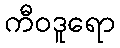
ကီဝဒူရော